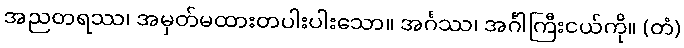
အညတရဿ၊ အမှတ်မထားတပါးပါးသော။ အင်္ဂဿ၊ အင်္ဂါကြီးငယ်ကို။ (တံ)